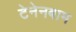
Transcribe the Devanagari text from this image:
टेनेनबाम